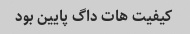
کیفیت هات داگ پایین بود